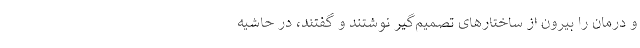
و درمان را بیرون از ساختارهای تصمیم‌گیر نوشتند و گفتند، در حاشیه